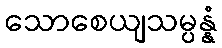
သောစေယျသမ္ပန္နံ